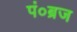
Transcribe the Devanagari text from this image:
पं०ब्रज